Mental hospitals Bombay report 1921-28 - 1921-1928
Year: 1921
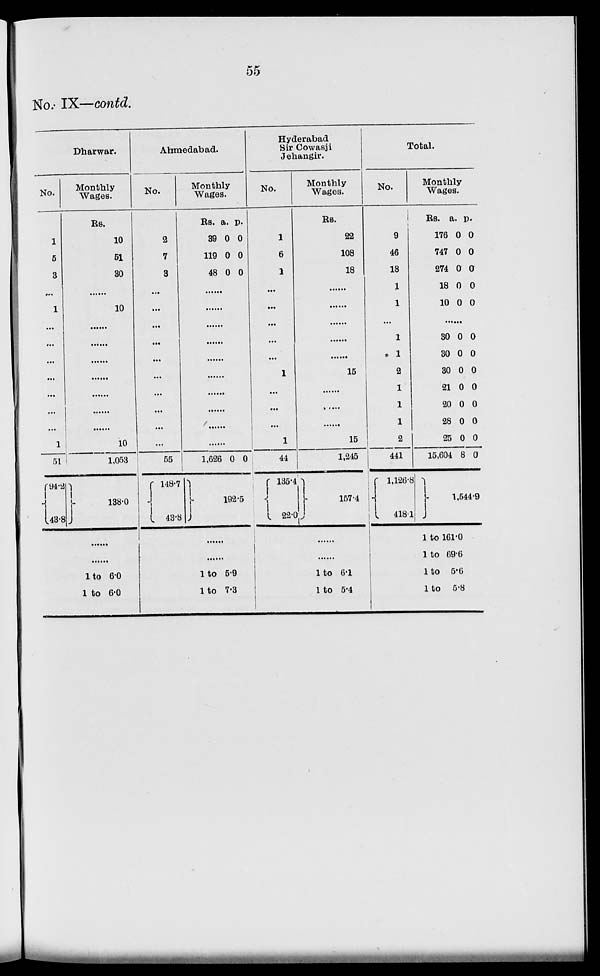
55
No. IX—contd.
Dharwar.
No.
1
5
3
...
1
...
...
...
...
...
...
...
1
51
94.2
43.8
Monthly
Wages.
Rs.
10
51
30
10
......
......
......
......
......
......
......
10
1,053
138.0
......
......
1 to 6.0
1 to 6.0
Ahmedabad.
No.
2
7
3
...
...
...
...
...
...
...
...
...
...
55
148.7
43.8
Monthly
Wages.
Rs.
39
119
48
a.
0
0
0
p.
0
0
0
......
......
......
......
......
......
......
......
......
......
1,626 0 0
192.5
......
......
1 to 5.9
1 to 7.3
Hyderabad
Sir Cowasji
Jehangir.
No.
1
6
1
...
...
...
...
...
1
...
...
...
1
44
135.4
22.0
Monthly
Wages.
Rs.
22
108
18
......
......
......
......
......
15
......
......
......
15
1,245
157.4
......
......
1
to 6.1
1 to 5.4
Total.
No.
9
46
18
1
1
...
1
1
2
1
1
1
2
441
1,126.8
418.1
Monthly
Wages,
Rs.
176
747
274
18
10
a.
0
0
0
0
0
p.
0
0
0
0
0
......
30
30
30
21
20
28
25
15,604
0
0
0
0
0
0
0
8
0
0
0
0
0
0
0
0
1,544.9
1 to 161.0
1 to 69.6
1 to 5.6
1 to 5.8